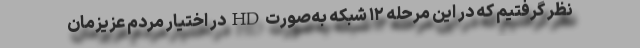
نظر گرفتیم که در این مرحله ۱۲ شبکه به‌صورت HD در اختیار مردم عزیزمان